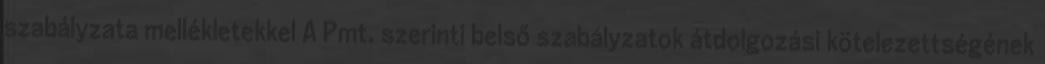
szabályzata mellékletekkel A Pmt. szerinti belső szabályzatok átdolgozási kötelezettségének